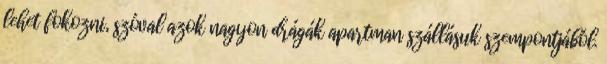
lehet fokozni, szóval azok nagyon drágák apartman szállásuk szempontjából.